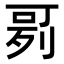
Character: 𠶘